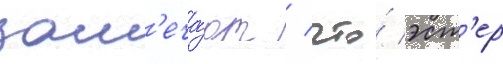
зам'еча́ют / что́ эст'ер